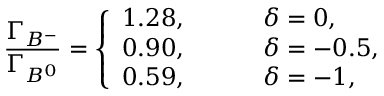
{ \frac { \Gamma _ { B ^ { - } } } { \Gamma _ { B ^ { 0 } } } } = \left\{ \begin{array} { l l } { { 1 . 2 8 , \; \; \; \; \; \; \; \; } } & { { \delta = 0 , } } \\ { { 0 . 9 0 , \; \; \; \; \; \; \; \; } } & { { \delta = - 0 . 5 , } } \\ { { 0 . 5 9 , } } & { { \delta = - 1 , } } \end{array} \right.